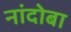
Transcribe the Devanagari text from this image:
नांदोबा